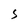
Character: S